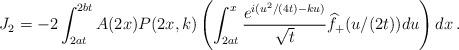
LaTeX: \begin{align*}J_2=-2\int_{2at}^{2bt} A(2x)P(2x,k)\left(\int_{2at}^x \frac{e^{i(u^2/(4t)-ku)}}{\sqrt t}\widehat f_+(u/(2t))du\right) dx\,.\end{align*}